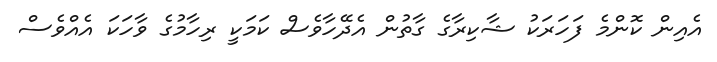
އެއިން ކޮންމެ ފަހަރަކު ޝާކިރާގެ ގާތުން އެދޭހާވެސް ކަމަކީ ރިހާމުގެ ވާހަކަ އެއްވެސް